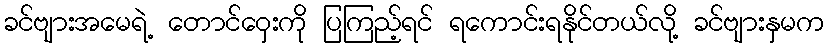
ခင်ဗျားအမေရဲ့ တောင်ဝှေးကို ပြကြည့်ရင် ရကောင်းရနိုင်တယ်လို့ ခင်ဗျားနှမက